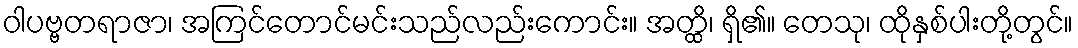
ဝါပဗ္ဗတရာဇာ၊ အကြင်တောင်မင်းသည်လည်းကောင်း။ အတ္ထိ၊ ရှိ၏။ တေသု၊ ထိုနှစ်ပါးတို့တွင်။